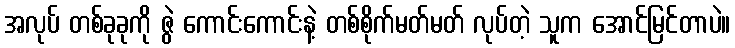
အလုပ် တစ်ခုခုကို ဇွဲ ကောင်းကောင်းနဲ့ တစ်စိုက်မတ်မတ် လုပ်တဲ့ သူက အောင်မြင်တာပဲ။